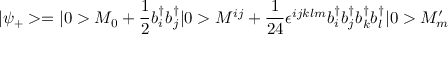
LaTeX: | \psi _ { + } > = | 0 > M _ { 0 } + \frac { 1 } { 2 } b _ { i } ^ { \dagger } b _ { j } ^ { \dagger } | 0 > M ^ { i j } + \frac { 1 } { 2 4 } \epsilon ^ { i j k l m } b _ { i } ^ { \dagger } b _ { j } ^ { \dagger } b _ { k } ^ { \dagger } b _ { l } ^ { \dagger } | 0 > M _ { m } ^ { \prime }